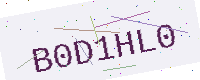
Text: B0D1HL0